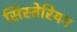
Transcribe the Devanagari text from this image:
सिस्तेरियन